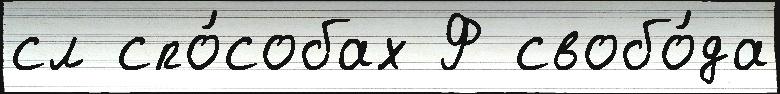
сл спо́собах Ф свобо́да